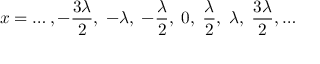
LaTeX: x = \ldots , - { \frac { 3 \lambda } { 2 } } , \; - \lambda , \; - { \frac { \lambda } { 2 } } , \; 0 , \; { \frac { \lambda } { 2 } } , \; \lambda , \; { \frac { 3 \lambda } { 2 } } , \ldots